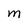
Character: M